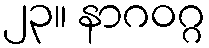
၂၃။ နာဂဝဂ္ဂ